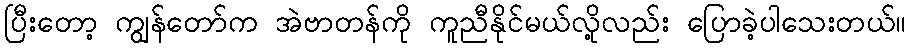
ပြီးတော့ ကျွန်တော်က အဲဗာတန်ကို ကူညီနိုင်မယ်လို့လည်း ပြောခဲ့ပါသေးတယ်။